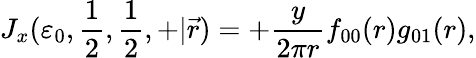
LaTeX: J_{x}(\varepsilon_{0},{\frac{1}{2}},{\frac{1}{2}},+|\vec{r})=+{\frac{y}{2\pi r}}f_{00}(r)g_{01}(r),